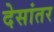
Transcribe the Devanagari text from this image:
देसांतर